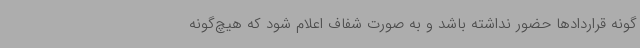
گونه قراردادها حضور نداشته باشد و به صورت شفاف اعلام شود که هیچ‌گونه